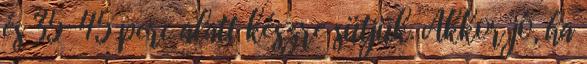
és 35-45 perc alatt készre sütjük. Akkor jó, ha